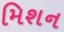
મિશન